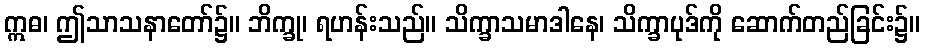
ဣဓ၊ ဤသာသနာတော်၌။ ဘိက္ခု၊ ရဟန်းသည်။ သိက္ခာသမာဒါနေ၊ သိက္ခာပုဒ်ကို ဆောက်တည်ခြင်း၌။